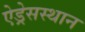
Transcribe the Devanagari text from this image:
ऐड्रेसस्थान